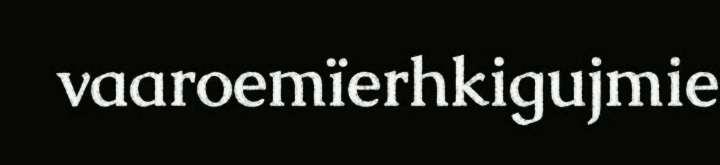
vaaroemïerhkigujmie